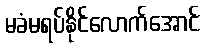
မခံမရပ်နိုင်လောက်အောင်